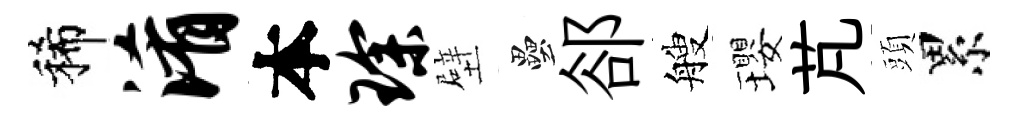
稀淆本琛壁壘郤艘瓔芃頭累